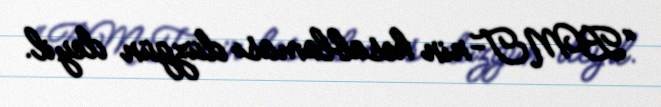
“BMT-nin hesablaması düzgün deyil.